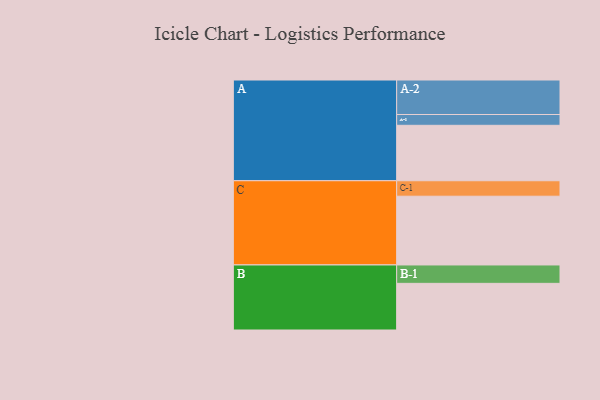
{"axis": {"x": "Segment", "y": "Value"}, "legend": ["", "A", "B", "C"], "data": [{"x": "A", "y": 416, "type": ""}, {"x": "B", "y": 350, "type": ""}, {"x": "C", "y": 516, "type": ""}, {"x": "A-1", "y": 81, "type": "A"}, {"x": "A-2", "y": 259, "type": "A"}, {"x": "B-1", "y": 138, "type": "B"}, {"x": "C-1", "y": 116, "type": "C"}]}